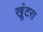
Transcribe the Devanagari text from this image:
खूंटरा